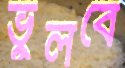
ভুলবে